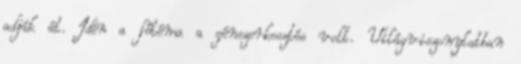
adják át. Idén a főtéma a génszerkesztés volt. Világviszonylatban